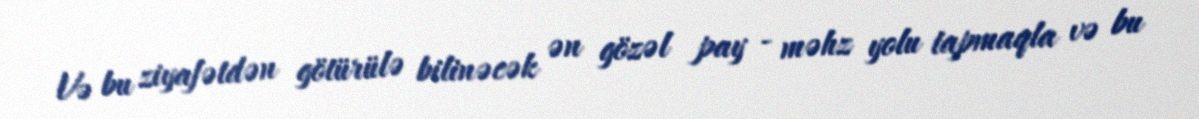
Və bu ziyafətdən götürülə bilinəcək ən gözəl pay - məhz yolu tapmaqla və bu